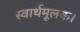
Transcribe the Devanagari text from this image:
स्वार्थमूलक।